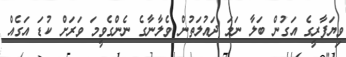
ވިޔަފާރީގެ އަގުން ބަލާ ނަމަ ދައުލަތުން ވެލާނާގެ ނެންގެވީމަ ވަރަށް ކުޑަ އަގެއް